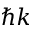
\hbar k